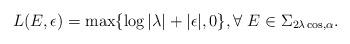
LaTeX: \begin{align*}L(E,\epsilon)=\max \{\log |\lambda|+|\epsilon|,0\}, \forall \ E\in \Sigma_{2\lambda \cos,\alpha}.\end{align*}